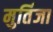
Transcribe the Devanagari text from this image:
मुर्तिजा